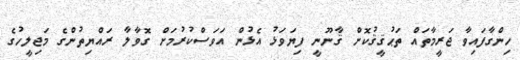
ހިންގާފައިވާ ޖަރީމާތައް ތަޙުޤީޤުކޮށް ޤާނޫނީ ފިޔަވަޅު އެޅުން އަވަސްކުރުމަށް ގޮވާލާ ރައްޔިތުންގެ މަޖިލީހުގެ